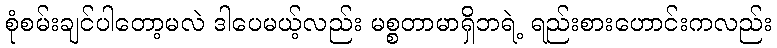
စုံစမ်းချင်ပါတော့မလဲ ဒါပေမယ့်လည်း မစ္စတာမာရှိဘရဲ့ ရည်းစားဟောင်းကလည်း